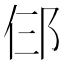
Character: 𬩹